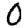
Digit: 0